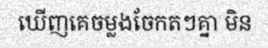
ឃើញគេចម្លងចែកតៗគ្នា មិន